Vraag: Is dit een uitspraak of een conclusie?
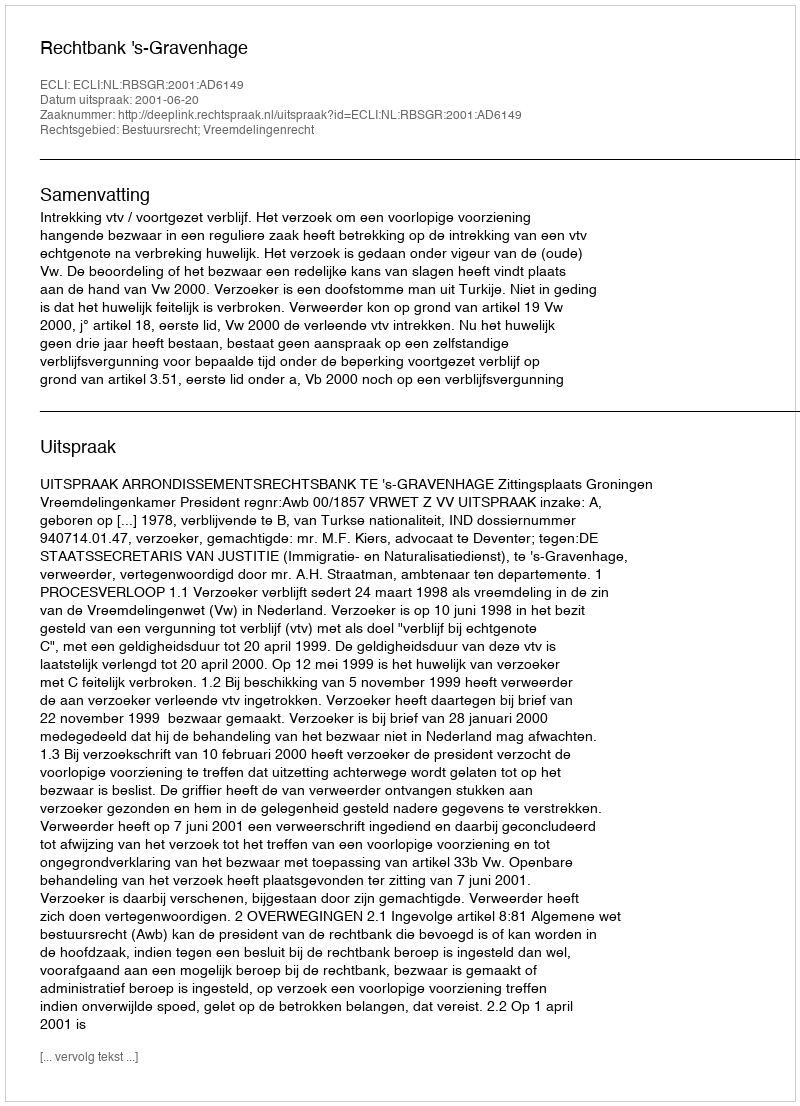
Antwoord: Uitspraak